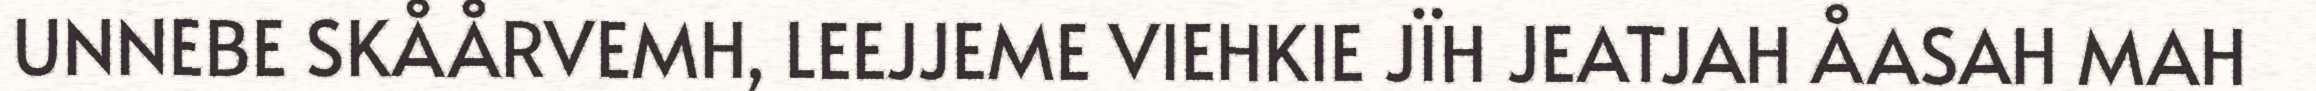
UNNEBE SKÅÅRVEMH, LEEJJEME VIEHKIE JÏH JEATJAH ÅASAH MAH